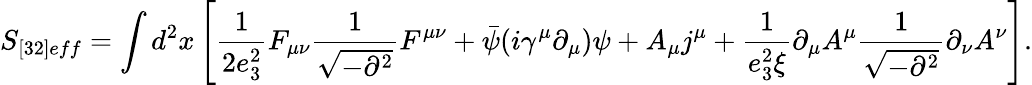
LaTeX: S_{[32]eff}=\int d^{2}x\left[\frac{1}{2e_{3}^{2}}F_{\mu\nu}\frac{1}{\sqrt{-\partial^{2}}}F^{\mu\nu}+\bar{\psi}(i\gamma^{\mu}\partial_{\mu})\psi+A_{\mu}j^{\mu}+\frac{1}{e_{3}^{2}\xi}\partial_{\mu}A^{\mu}\frac{1}{\sqrt{-\partial^{2}}}\partial_{\nu}A^{\nu}\right].